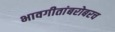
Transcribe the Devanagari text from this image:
भावगीतांबरोबरच